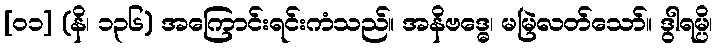
[၀၁] (နိ၊ ၁၃၆) အကြောင်းရင်းကံသည်။ အနိဗဒ္ဓေ၊ မမြဲလတ်သော်။ ဒွါရမ္ပိ၊